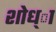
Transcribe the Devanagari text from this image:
शोध्ा